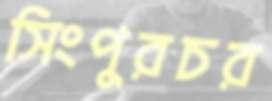
সিংপুরচর